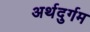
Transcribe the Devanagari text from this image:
अर्थदुर्गम